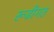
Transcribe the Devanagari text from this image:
रूढीगत